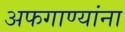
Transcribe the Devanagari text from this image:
अफगाण्यांना